Document type: Emphyteutic lease
Year: 1283
Scribe: Pere Marquès
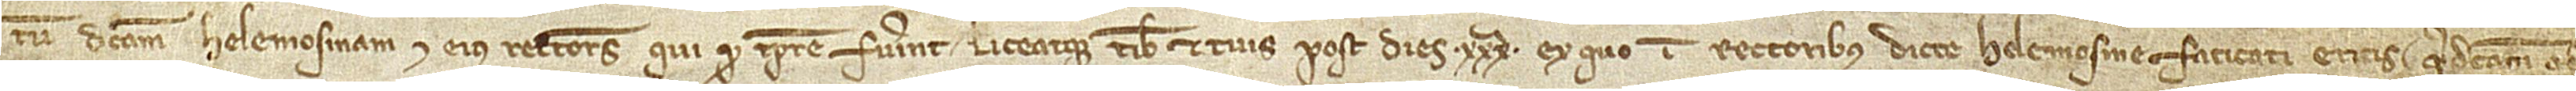
tum dictam Helemosinam et eius rectores qui pro tempore fuerint. Liceatque tibi et tuis post dies XXXª, ex quo in rectoribus dicte Helemosine faticati eritis, predictam ad-